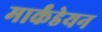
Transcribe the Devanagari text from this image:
मार्कंडेयन